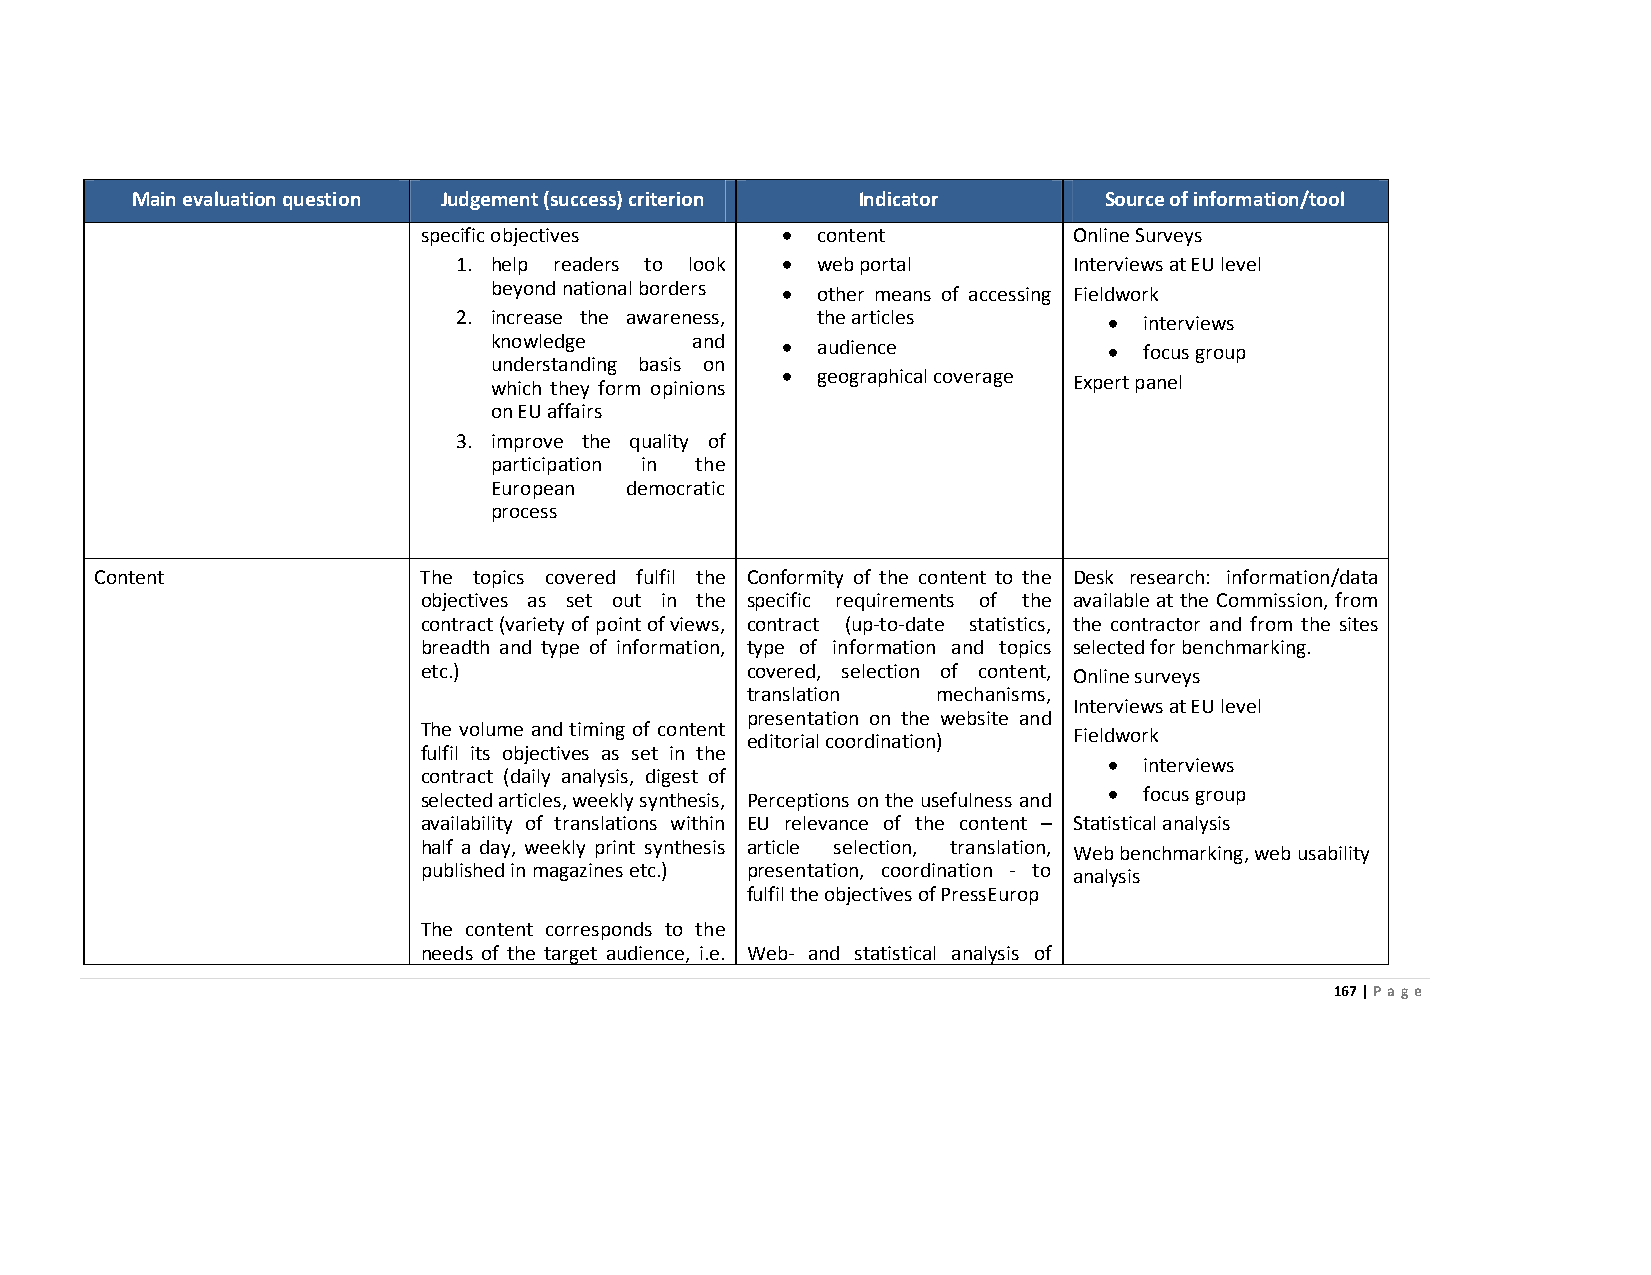
Main evaluation question Judgement (success) criterion Indicator Source of information/tool
 specific objectives     • content          Online Surveys
 1. help readers to look • web portal     Interviews at EU level
 beyond national borders • other means of accessing Fieldwork
 2. increase the awareness, the articles    •  interviews
 knowledge     and   • audience           •  focus group
 understanding basis on
 which they form opinions • geographical coverage Expert panel
 on EU affairs
 3. improve the quality of
 participation in the
 European democratic
 process
 Content               The topics covered fulfil the Conformity of the content to the Desk research: information/data
 objectives as set out in the specific requirements of the available at the Commission, from
 contract (variety of point of views, contract (up-to-date statistics, the contractor and from the sites
 breadth and type of information, type of information and topics selected for benchmarking.
 etc.)                covered, selection of content, Online surveys
 translation  mechanisms,
 Interviews at EU level
 presentation on the website and
 The volume and timing of content editorial coordination) Fieldwork
 fulfil its objectives as set in the
 contract (daily analysis, digest of
 •  interviews
 selected articles, weekly synthesis, Perceptions on the usefulness and • focus group
 availability of translations within EU relevance of the content – Statistical analysis
 half a day, weekly print synthesis article selection, translation, Web benchmarking, web usability
 published in magazines etc.) presentation, coordination - to analysis
 fulfil the objectives of PressEurop
 The content corresponds to the
 needs of the target audience, i.e. Web- and statistical analysis of
 167 | Page